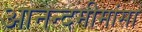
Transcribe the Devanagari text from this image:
आनन्दमीमांसा